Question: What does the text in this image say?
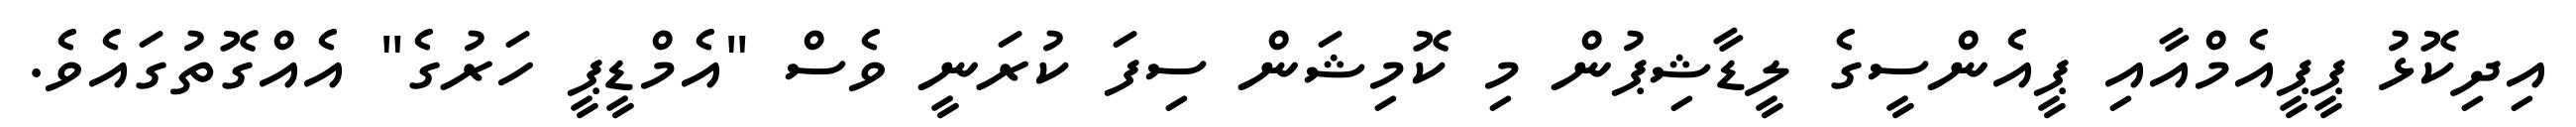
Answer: އިދިކޮޅު ޕީޕީއެމްއާއި ޕީއެންސީގެ ލީޑާޝިޕުން މި ކޮމިޝަން ސިފަ ކުރަނީ ވެސް "އެމްޑީޕީ ހަރުގެ" އެއްގޮތުގައެވެ.